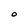
Character: O